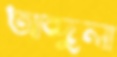
আব্দুলা